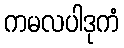
ကမလပါဒုကံ